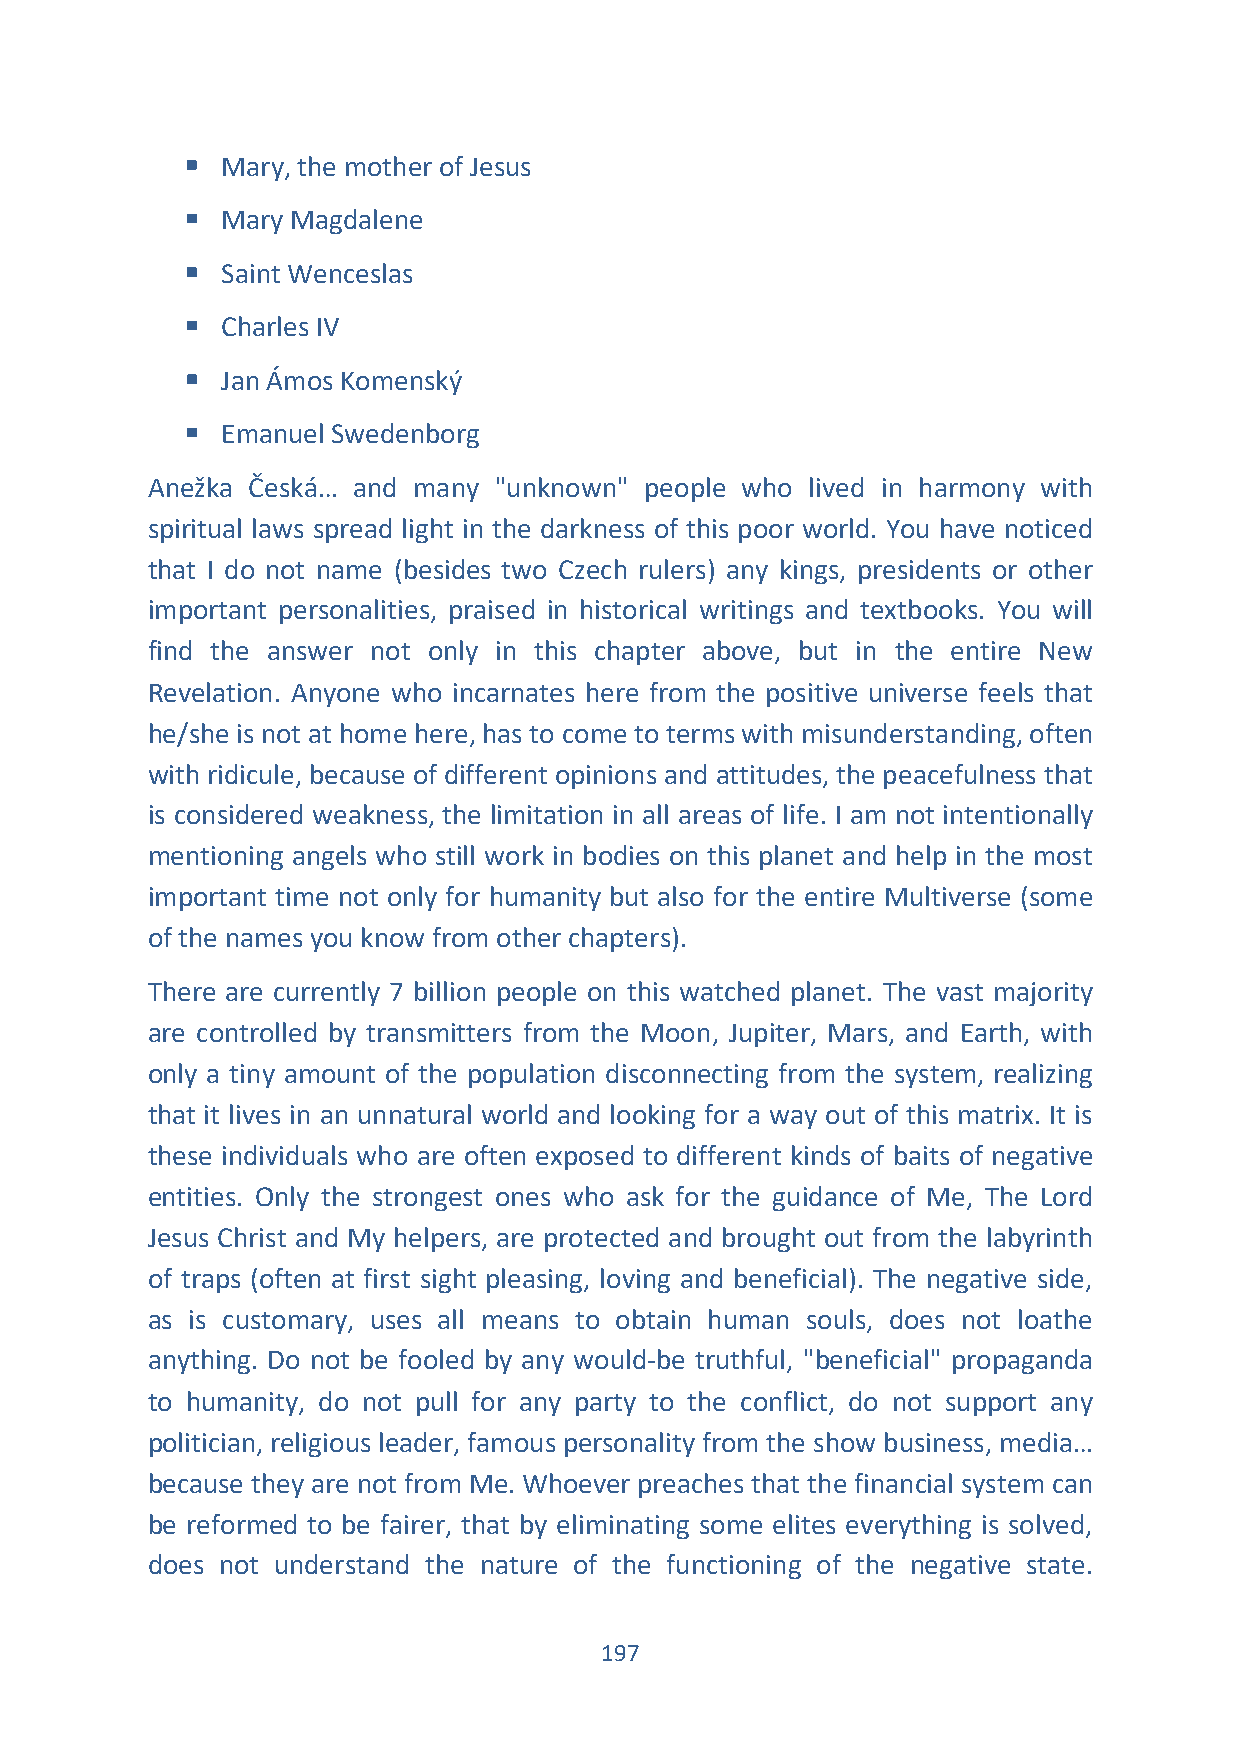
▪  Mary, the mother of Jesus
 ▪  Mary Magdalene
 ▪  Saint Wenceslas
 ▪  Charles IV
 ▪  Jan Ámos Komenský
 ▪  Emanuel Swedenborg
 Anežka Česká… and many "unknown" people who lived in harmony with
 spiritual laws spread light in the darkness of this poor world. You have noticed
 that I do not name (besides two Czech rulers) any kings, presidents or other
 important personalities, praised in historical writings and textbooks. You will
 find the answer not only in this chapter above, but in the entire New
 Revelation. Anyone who incarnates here from the positive universe feels that
 he/she is not at home here, has to come to terms with misunderstanding, often
 with ridicule, because of different opinions and attitudes, the peacefulness that
 is considered weakness, the limitation in all areas of life. I am not intentionally
 mentioning angels who still work in bodies on this planet and help in the most
 important time not only for humanity but also for the entire Multiverse (some
 of the names you know from other chapters).
 There are currently 7 billion people on this watched planet. The vast majority
 are controlled by transmitters from the Moon, Jupiter, Mars, and Earth, with
 only a tiny amount of the population disconnecting from the system, realizing
 that it lives in an unnatural world and looking for a way out of this matrix. It is
 these individuals who are often exposed to different kinds of baits of negative
 entities. Only the strongest ones who ask for the guidance of Me, The Lord
 Jesus Christ and My helpers, are protected and brought out from the labyrinth
 of traps (often at first sight pleasing, loving and beneficial). The negative side,
 as is customary, uses all means to obtain human souls, does not loathe
 anything. Do not be fooled by any would-be truthful, "beneficial" propaganda
 to humanity, do not pull for any party to the conflict, do not support any
 politician, religious leader, famous personality from the show business, media…
 because they are not from Me. Whoever preaches that the financial system can
 be reformed to be fairer, that by eliminating some elites everything is solved,
 does not understand the nature of the functioning of the negative state.
 197